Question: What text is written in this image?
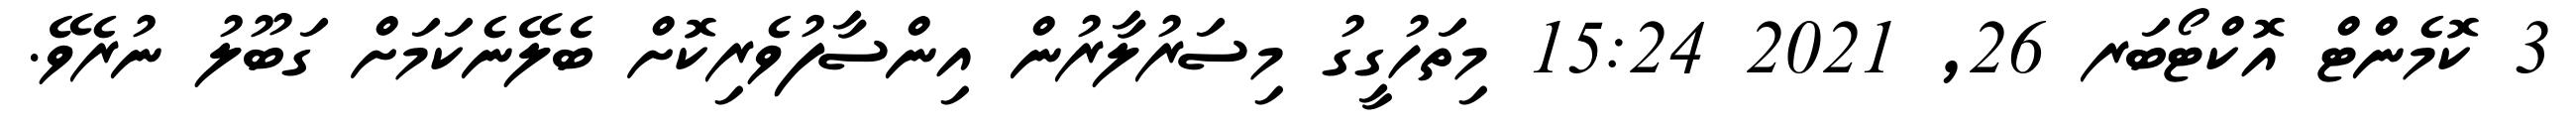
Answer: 3 ކޮމެންޓް އޮކްޓޯބަރ 26, 2021 15:24 މިތަހުގީގު މިސަރުލާރުން އިންސާފުވެރިކޮށް ބެލޭނެކަމަށް ގަބޫލު ނުރެވޭ.